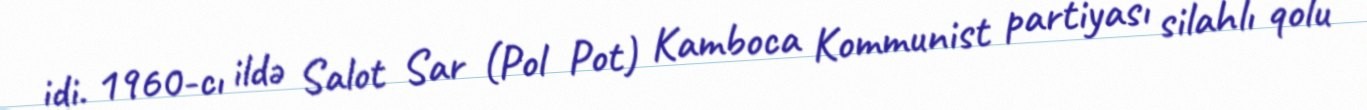
idi. 1960-cı ildə Salot Sar (Pol Pot) Kamboca Kommunist partiyası silahlı qolu